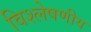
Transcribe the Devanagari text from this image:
विश्लेषणीय